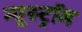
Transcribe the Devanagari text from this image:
न्यूस्ट्रॉम